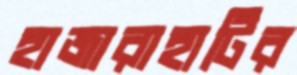
হাজারাহাটির